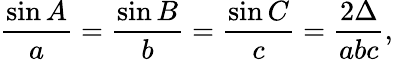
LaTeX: {\frac{\sin A}{a}}={\frac{\sin B}{b}}={\frac{\sin C}{c}}={\frac{2\Delta}{abc}},